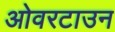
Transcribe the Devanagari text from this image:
ओवरटाउन